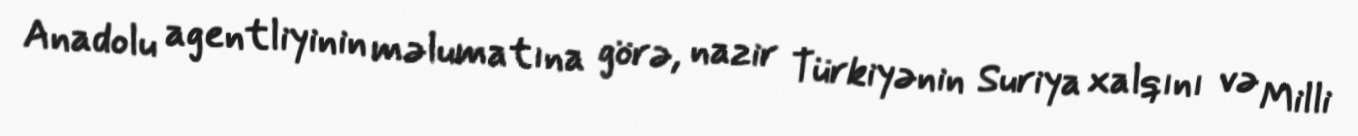
Anadolu agentliyinin məlumatına görə, nazir Türkiyənin Suriya xalqını və Milli